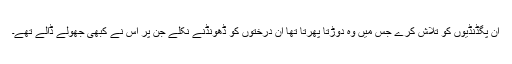
ان پگڈنڈیوں کو تلاش کرے جس میں وہ دوڑتا پھرتا تھا ان درختوں کو ڈھونڈنے نکلے جن پر اس نے کبھی جھولے ڈالے تھے۔